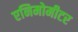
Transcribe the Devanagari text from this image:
एनिमोमीटर